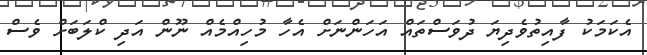
އެކަމަކު ފާއިތުވެދިޔަ ދުވަސްތައް އަހަންނަށް އެހާ މުހިއްމެއް ނޫން އަދި ކްލަބަށް ވެސް